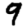
Digit: 9